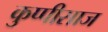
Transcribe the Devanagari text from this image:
कुप्पीसाज